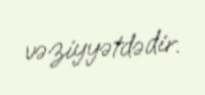
vəziyyətdədir.